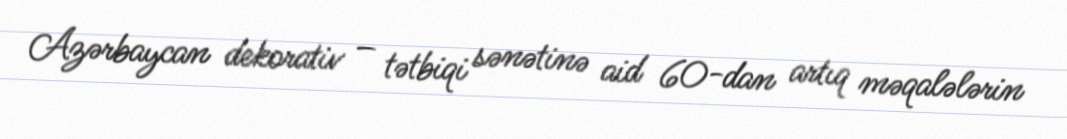
Azərbaycan dekorativ – tətbiqi sənətinə aid 60-dan artıq məqalələrin